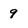
Character: 9